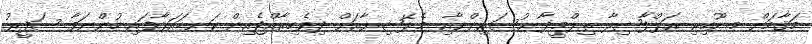
މަޤާމަށް މ.ނޫހިރި އަލްފާޟިލާ ތިލްމީޛާ ޙުސައިންނާއި މެލޭޝިޔާއަށް ދިވެހިރާއްޖެއިން ކަނޑައަޅާފައި ހުންނަވާ ސަފީރު